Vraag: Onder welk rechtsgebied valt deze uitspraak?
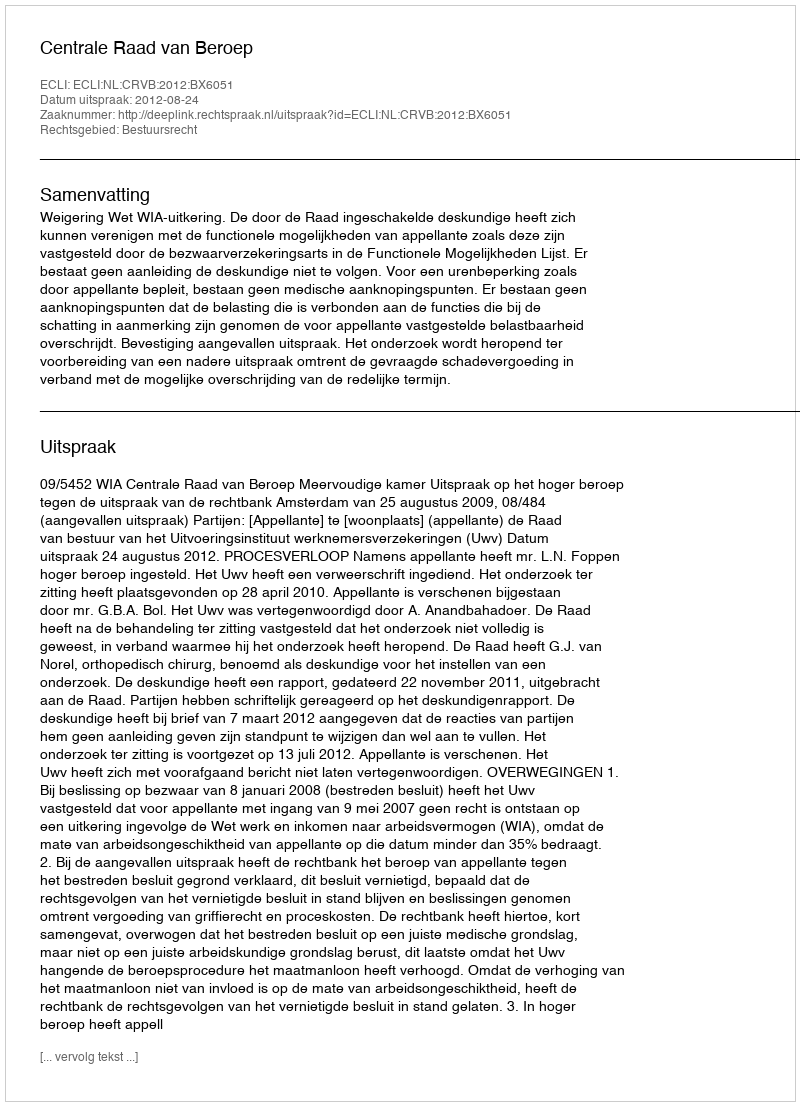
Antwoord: Bestuursrecht